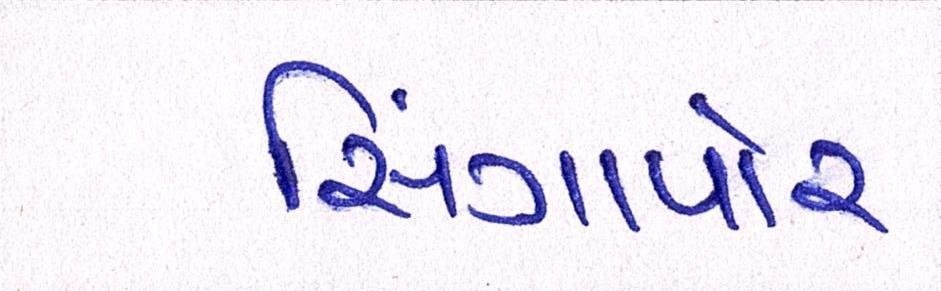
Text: સિંગાપોર